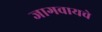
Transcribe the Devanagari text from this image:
जागवायचे